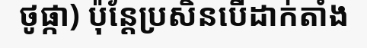
ថូផ្កា) ប៉ុន្តែប្រសិនបើដាក់តាំង